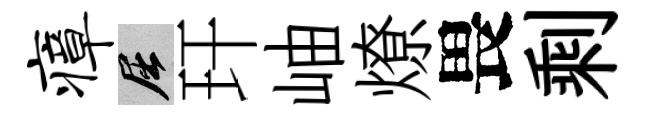
瘴屈玕岫燎畏剩